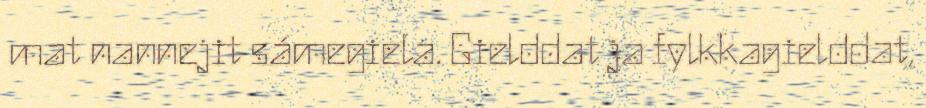
mat nannejit sámegiela. Gielddat ja fylkkagielddat,